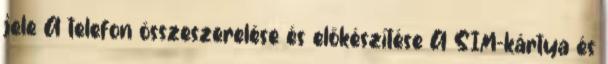
jele A telefon összeszerelése és előkészítése A SIM-kártya és